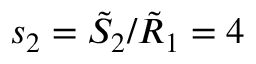
s _ { 2 } = \tilde { S } _ { 2 } / \tilde { R } _ { 1 } = 4